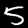
Label: 5